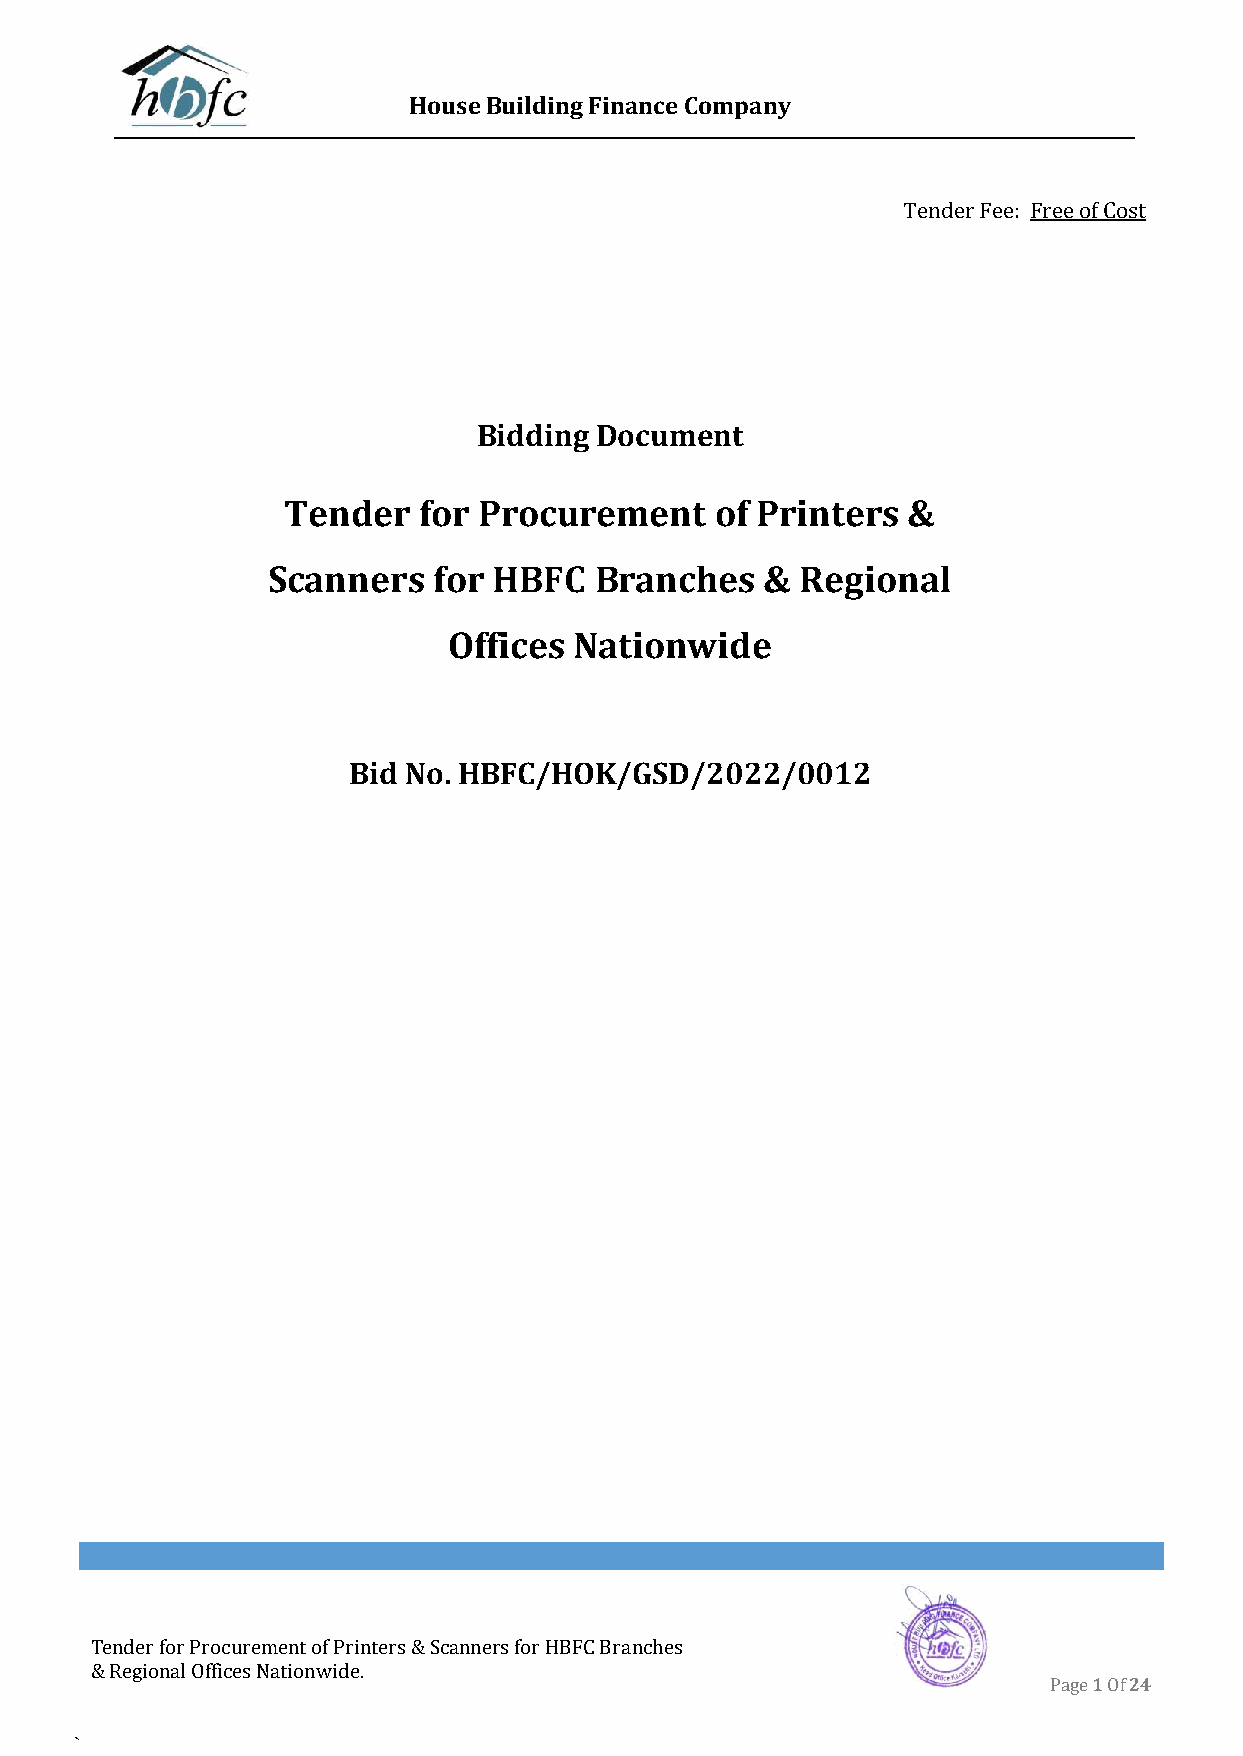
House Building Finance Company
 Tender Fee: Free of Cost
 Bidding Document
 Tender   for Procurement    of Printers  &
 Scanners   for HBFC  Branches    & Regional
 Offices Nationwide
 Bid No. HBFC/HOK/GSD/2022/0012
 Tender for Procurement of Printers & Scanners for HBFC Branches
 & Regional Offices Nationwide.
 Page 1 Of 24
 `